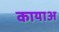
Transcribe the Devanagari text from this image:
कायाअ